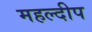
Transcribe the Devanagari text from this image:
महल्दीप